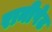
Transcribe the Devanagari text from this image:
रानीपेट